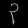
Digit: ၃